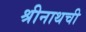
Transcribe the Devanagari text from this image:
श्रीनाथची